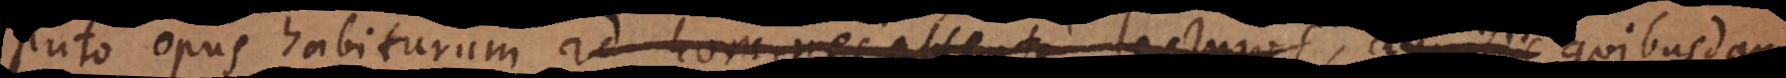
puto opus habiturumad homines attente lecturos, auxiliis